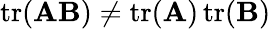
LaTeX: \operatorname{tr}(\mathbf{A}\mathbf{B})\neq\operatorname{tr}(\mathbf{A})\operatorname{tr}(\mathbf{B})